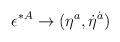
LaTeX: \begin{align*}\epsilon^{*A} \to (\eta^a, \dot \eta^{\dot a})\end{align*}